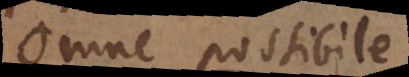
Omne possibile